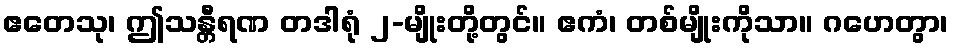
ဧတေသု၊ ဤသန္တီရဏ တဒါရုံ ၂-မျိုးတို့တွင်။ ဧကံ၊ တစ်မျိုးကိုသာ။ ဂဟေတွာ၊